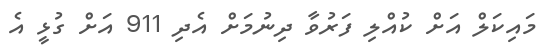
މައިކަލް އަށް ކުއްލި ފަރުވާ ދިނުމަށް އެދި 911 އަށް ގުޅީ އެ